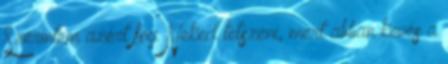
Szerintem azért fog Neked tetszeni, mert abban kevés a